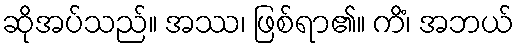
ဆိုအပ်သည်။ အဿ၊ ဖြစ်ရာ၏။ ကိံ၊ အဘယ်